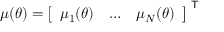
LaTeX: \, \mu ( \theta ) = { \left[ \begin{array} { l l l } { \mu _ { 1 } ( \theta ) } & { \dots } & { \mu _ { N } ( \theta ) } \end{array} \right] } ^ { \textsf { T } }